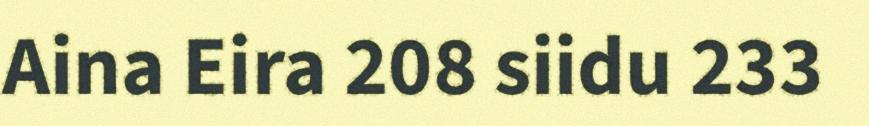
Aina Eira 208 siidu 233